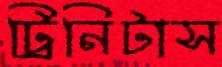
ট্রিনিটাস